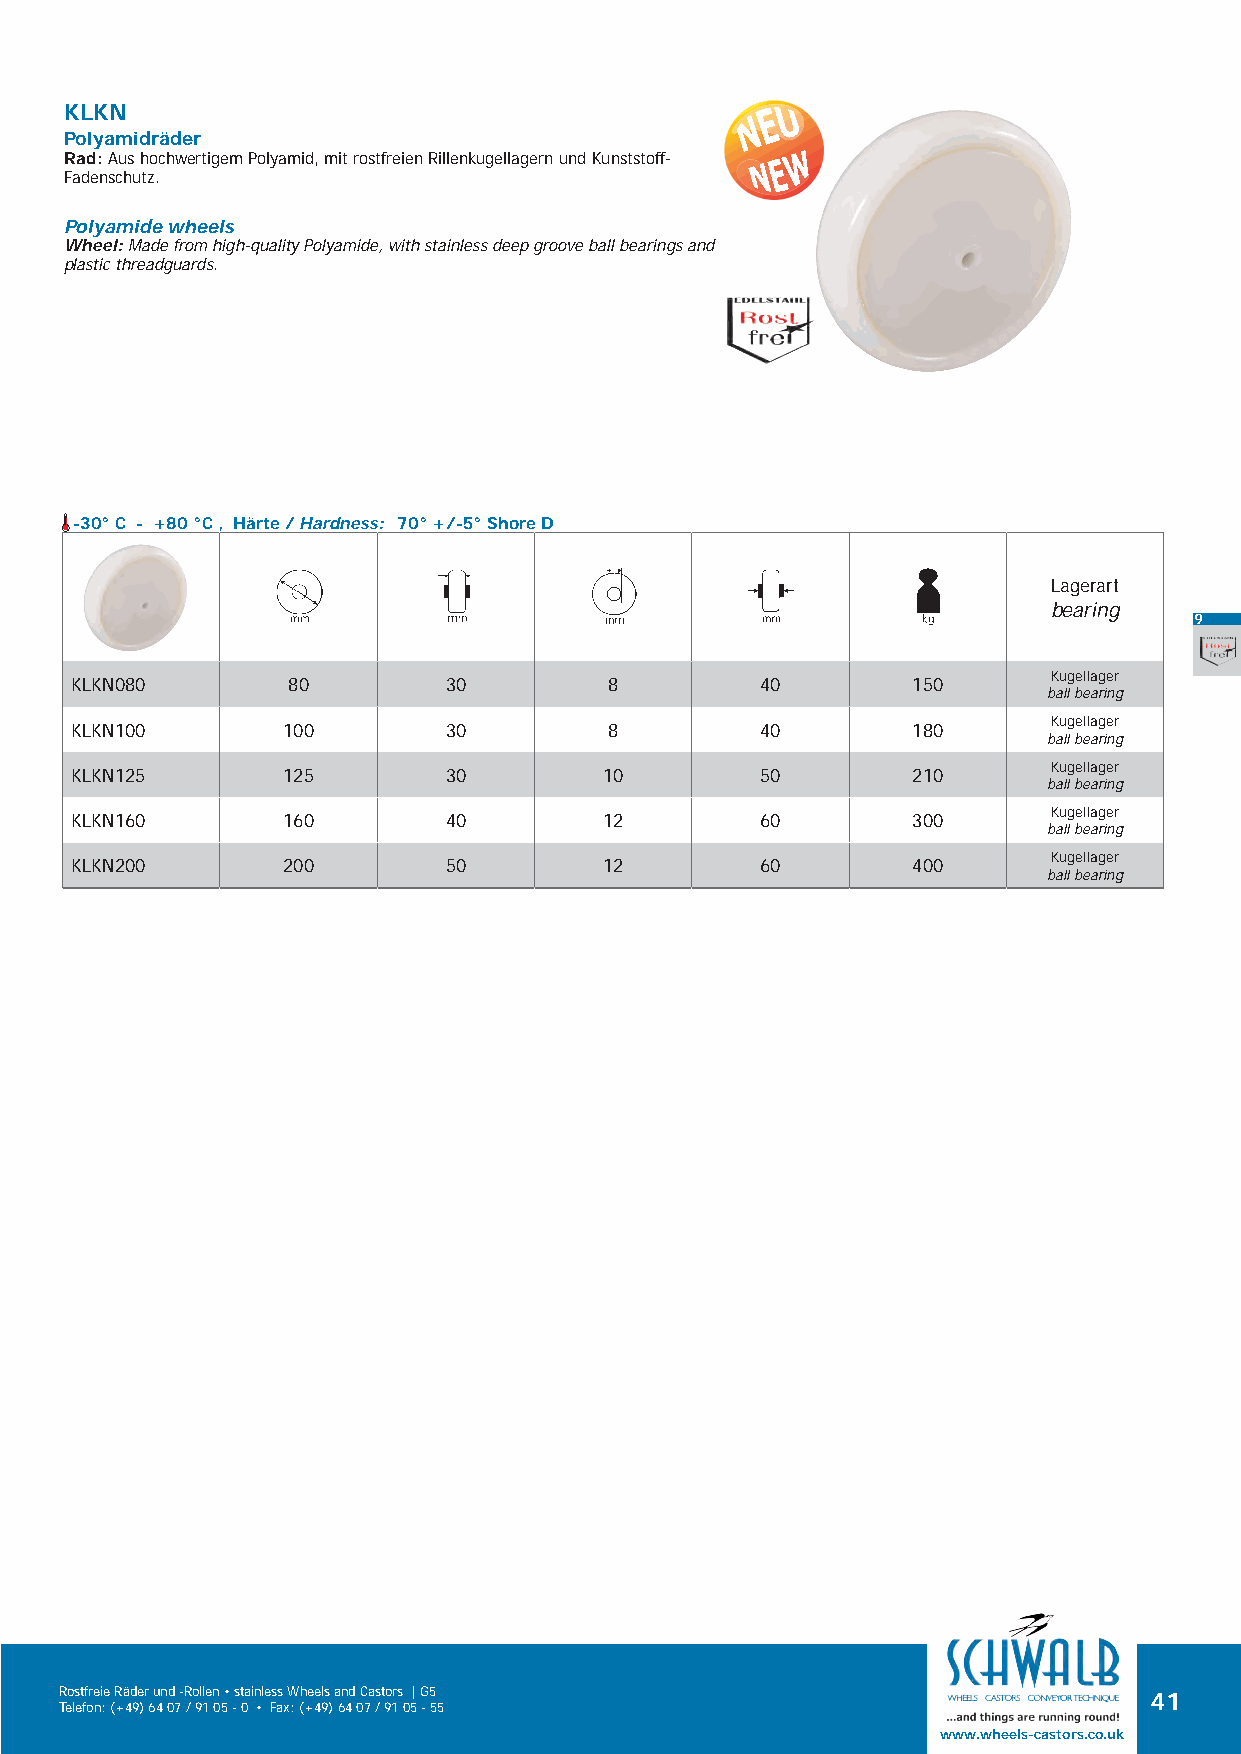
KLKN
 Polyamidräder
 Rad: Aus hochwertigem Polyamid, mit rostfreien Rillenkugellagern und Kunststoff-
 Fadenschutz.
 Polyamide wheels
 Wheel: Made from high-quality Polyamide, with stainless deep groove ball bearings and
 plastic threadguards.
 -30° C - +80 °C , Härte / Hardness: 70° +/-5° Shore D
 Lagerart
 bearing
 9
 Kugellager
 KLKN080       80        30         8         40        150
 ball bearing
 Kugellager
 KLKN100       100       30         8         40        180
 ball bearing
 Kugellager
 KLKN125       125       30         10        50        210
 ball bearing
 Kugellager
 KLKN160       160       40         12        60        300
 ball bearing
 Kugellager
 KLKN200       200       50         12        60        400
 ball bearing
 Rostfreie Räder und -Rollen • stainless Wheels and Castors | G5         41
 Telefon: (+49) 64 07 / 91 05 - 0 • Fax: (+49) 64 07 / 91 05 - 55
 www.wheels-castors.co.uk